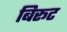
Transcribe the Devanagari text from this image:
बिरूट